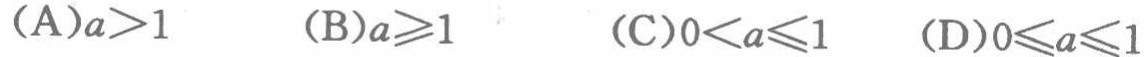
(A)$a>1$  (B)$a\geqslant1$  (C)$0<a\leqslant1$  (D)$0\leqslant a\leqslant1$